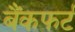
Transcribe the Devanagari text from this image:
बैंकफर्ट